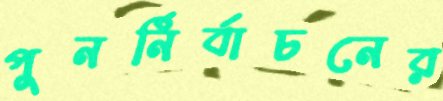
পুনর্নির্বাচনের